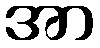
အာ